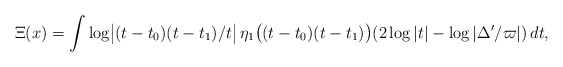
\begin{align*} \Xi(x) = \int \log\bigl\lvert(t-t_0)(t-t_1)/t\bigr\rvert\, \eta_1\bigl((t-t_0)(t-t_1)\bigr)(2\log|t|-\log|\Delta'/\varpi|)\,dt,\end{align*}